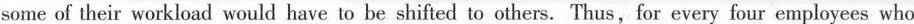
some of their workload would have to be shifted to others. Thus, for every four employees who